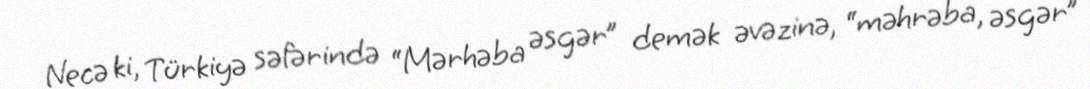
Necə ki, Türkiyə səfərində “Mərhəba əsgər” demək əvəzinə, “məhrəba, əsgər”